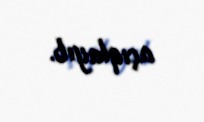
açıqlayıb.